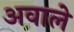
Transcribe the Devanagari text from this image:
अवाले